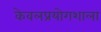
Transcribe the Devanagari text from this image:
केवलप्रयोगशाला